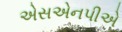
એસએનપીએ